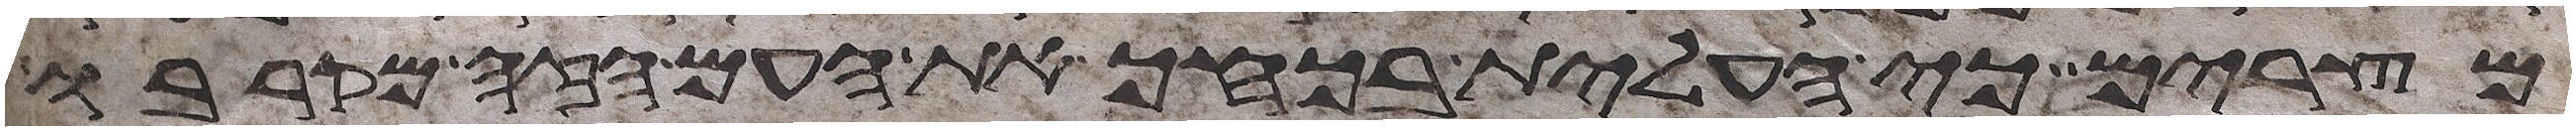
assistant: מצרים כי העלית בכחך את העם הזה מקרבו